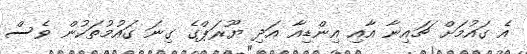
އެ ގައުމަށް ޗައިނާ އާއި އިންޑިއާ އަދި ޔޫރަޕްގެ ގިނަ ގައުމުތަކުން ވެސް